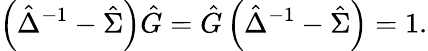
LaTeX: \left(\hat{\Delta}^{-1}-\hat{\Sigma}\right)\hat{G}=\hat{G}\left(\hat{\Delta}^{-1}-\hat{\Sigma}\right)=1.